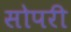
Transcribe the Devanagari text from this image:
सोपरी